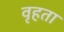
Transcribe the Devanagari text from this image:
वृहता